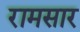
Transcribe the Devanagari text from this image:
रामसार